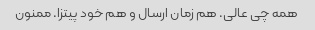
همه چی عالی. هم زمان ارسال و هم خود پیتزا. ممنون